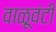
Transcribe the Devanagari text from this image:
वाळूवंटी